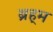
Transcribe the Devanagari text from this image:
ब्रह्‌म